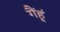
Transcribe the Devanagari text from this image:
गैंहूं